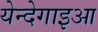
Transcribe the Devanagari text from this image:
येन्देगाइआ